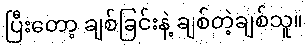
ပြီးတော့ ချစ်ခြင်းနဲ့ ချစ်တဲ့ချစ်သူ။